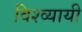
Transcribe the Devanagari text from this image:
विश्व्यायी